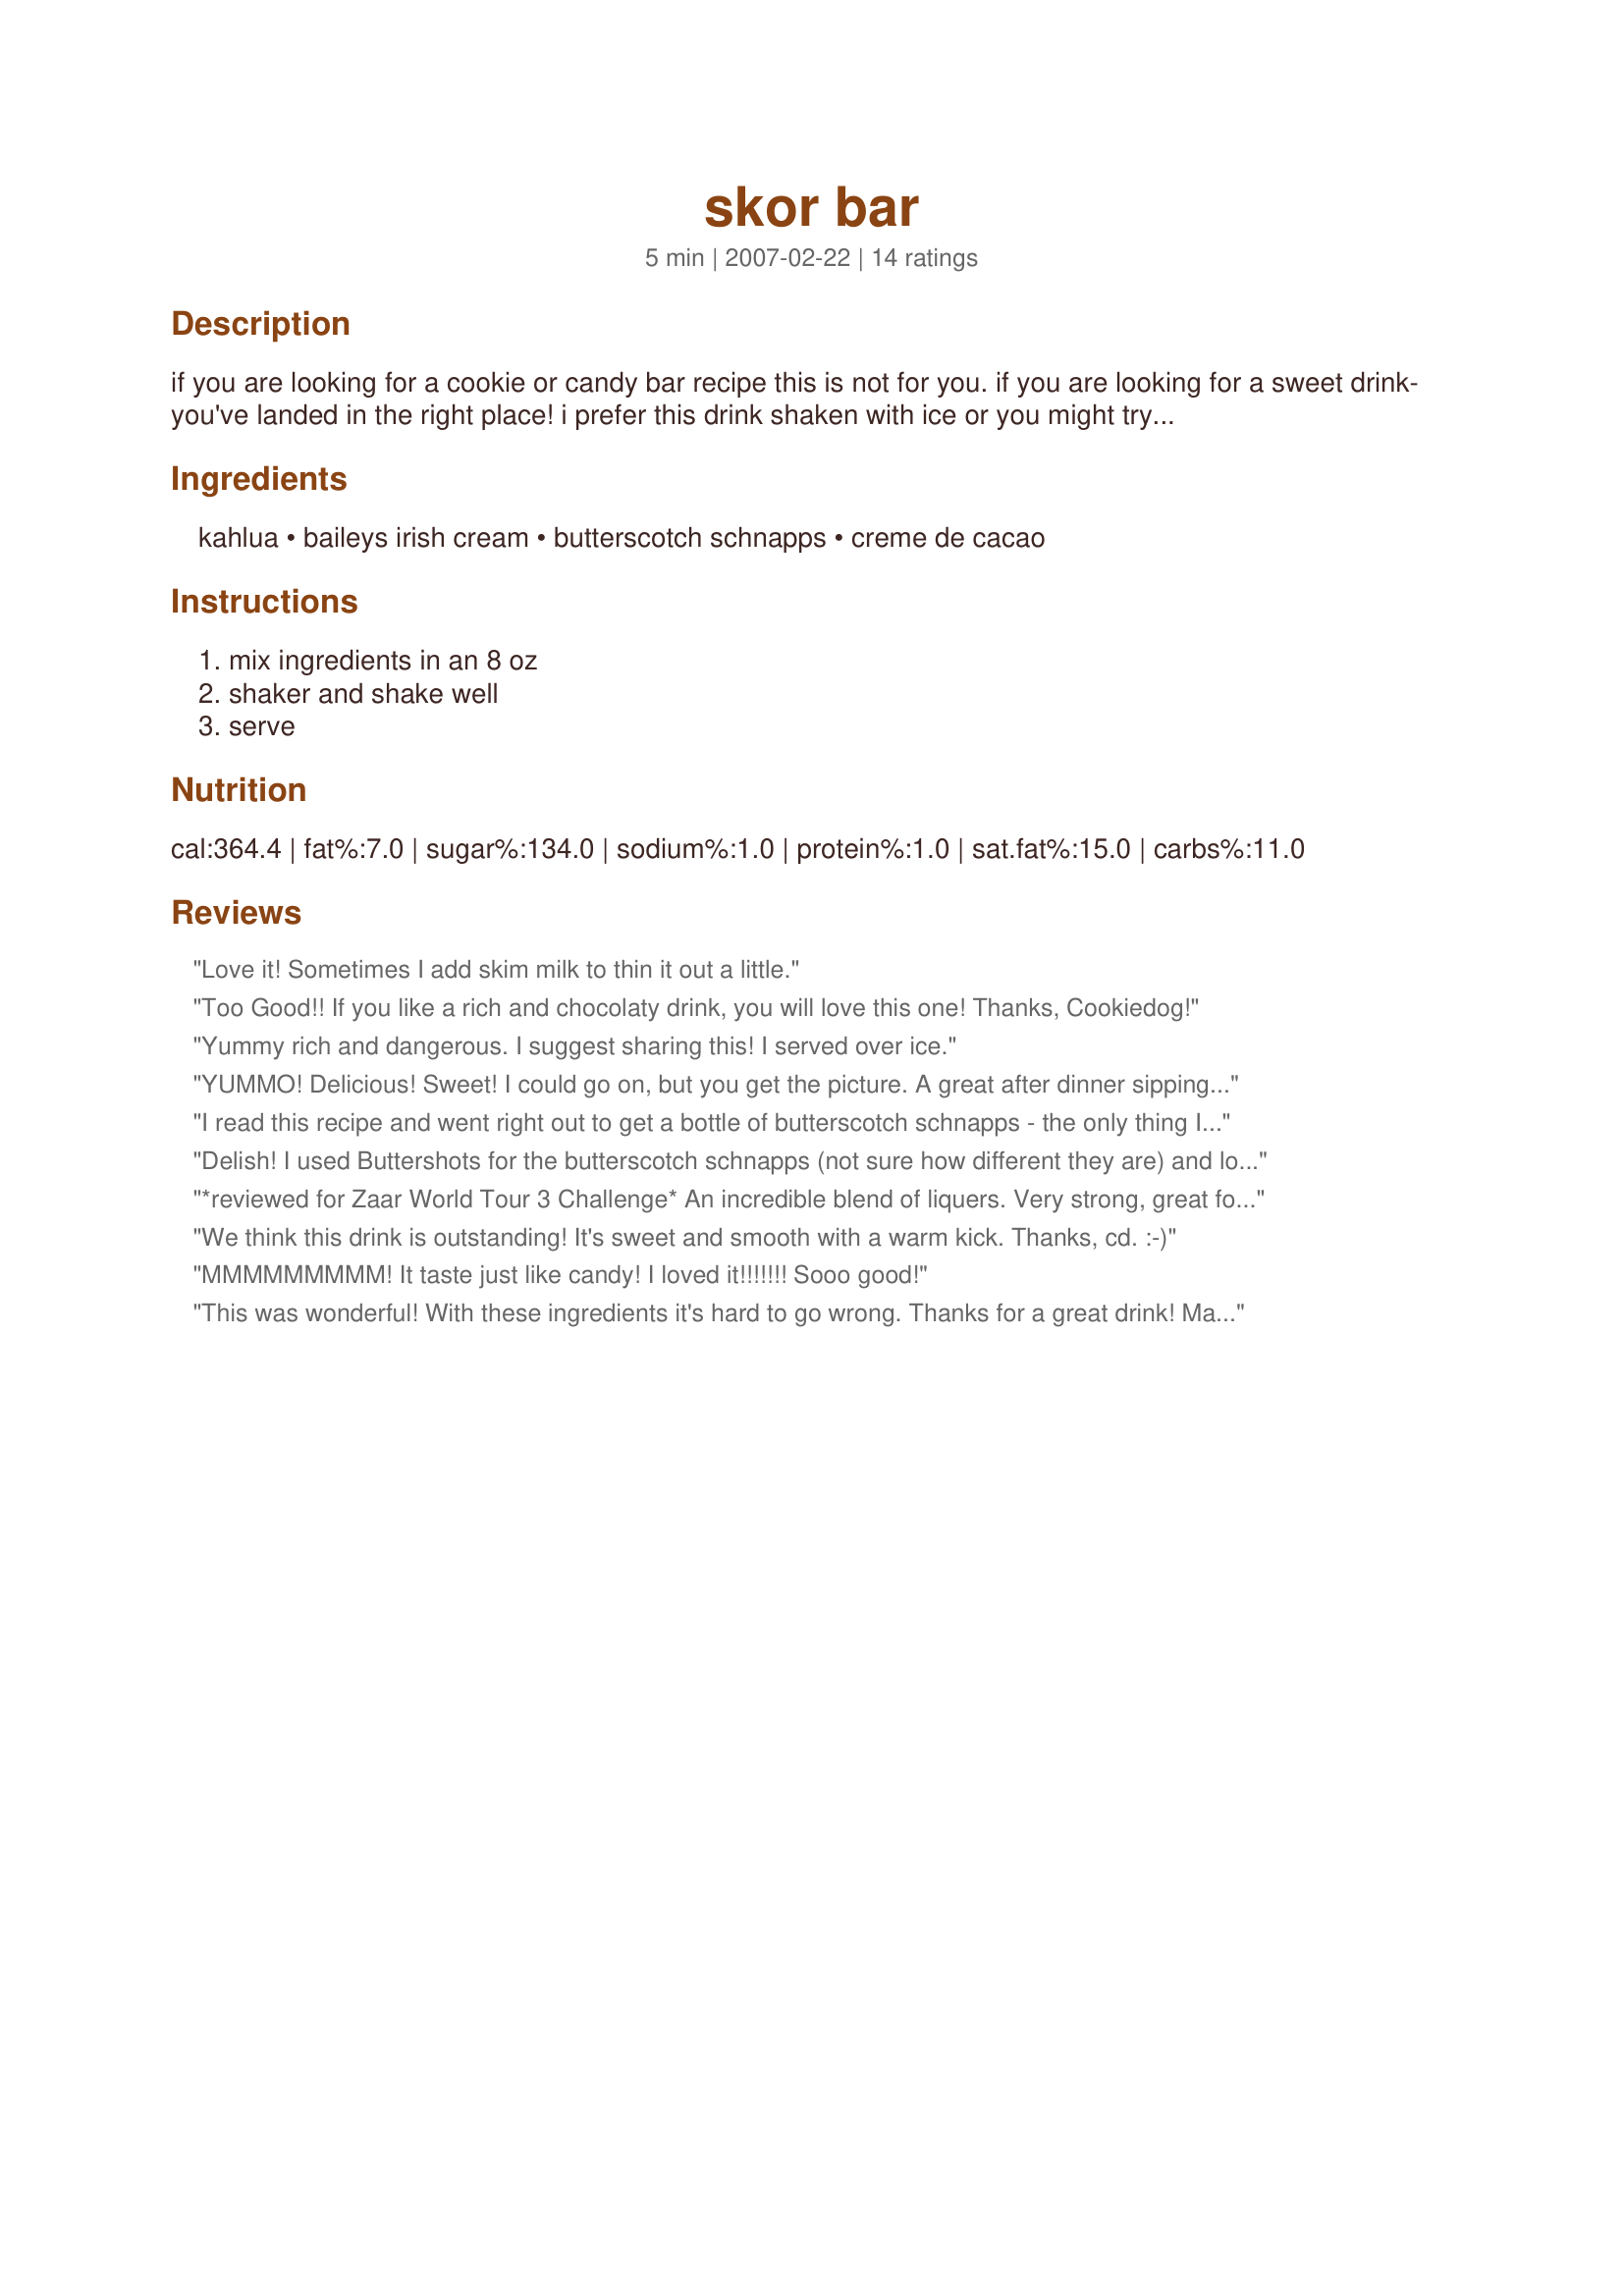
skor bar
Preparation time: 5 minutes

if you are looking for a cookie or candy bar recipe this is not for you. if you are looking for a sweet drink- you've landed in the right place! i prefer this drink shaken with ice or you might try blending it with a few ice cubes. this is from flora's drink hideout.

Ingredients:
kahlua, baileys irish cream, butterscotch schnapps, creme de cacao

Steps:
mix ingredients in an 8 oz, shaker and shake well, serve

Reviews:
Love it! Sometimes I add skim milk to thin it out a little.
Too Good!! If you like a rich and chocolaty drink, you will love this one! Thanks, Cookiedog!
Yummy rich and dangerous. I suggest sharing this! I served over ice.
YUMMO! Delicious! Sweet! I could go on, but you get the picture. A great after dinner sipping drink.
I read this recipe and went right out to get a bottle of butterscotch schnapps - the only thing I was missing. This is so good! Definitely strong - I'm already feeling it after just a few sips! Nice for dessert :-) Thanks!
Delish! I used Buttershots for the butterscotch schnapps (not sure how different they are) and loved the taste of this creamy drink. Butterscotch and chocolate - how can you go wrong? Thanks cookie for another winner!
*reviewed for Zaar World Tour 3 Challenge* 
An incredible blend of liquers. Very strong, great for sipping as a nightcap or after dessert.
We think this drink is outstanding! It's sweet and smooth with a warm kick. Thanks, cd. :-)
MMMMMMMMM! It taste just like candy! I loved it!!!!!!! Sooo good!
This was wonderful! With these ingredients it's hard to go wrong. Thanks for a great drink! Made for Beverage Tag.
This is one of those nice nightcap drinks. Labeled by DH as a girlie drink. I say Yay for the girls! Nice and candybar tasting. 1 drink gave me a nice buzz. Thanks cookiedog!
Wow, dessert in a glass!! Sweet and creamy and very tasty! I halved the recipe and served it over crushed ice. It really felt like a treat as we don't usually have dessert. Thanks cookiedog!
Wow! I loved this drink, after trying several bailey's cocktails I had to say this is going top of the list. The Creme De cacaco was made this drink. Anything to do with Baileys and Kahlua, is a definite *keeper* in my book. Thanks Cookie for another favorite. So many to choose from and I feel like I hit the pot of gold on this one. Cheers ~V
The taste is so good. I did half of it, shaked it with ice in the shaker and pour everything in a wine glass. Thanks Cookiedog :) Made for Zaar Star Game
